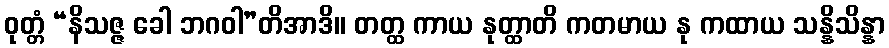
ဝုတ္တံ “နိသဇ္ဇ ခေါ ဘဂဝါ”တိအာဒိ။ တတ္ထ ကာယ နုတ္ထာတိ ကတမာယ နု ကထာယ သန္နိသိန္နာ